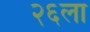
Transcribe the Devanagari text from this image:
२६ला